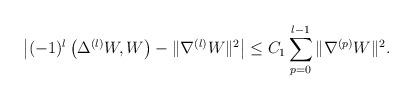
LaTeX: \begin{align*}\left|(-1)^{l}\left(\Delta^{(l)} W, W\right) - \|\nabla^{(l)}W\|^2\right| \leq C_1\sum_{p=0}^{l-1}\|\nabla^{(p)}W\|^2. \end{align*}